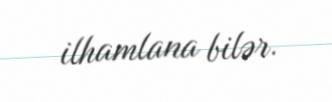
ilhamlana bilər.